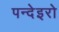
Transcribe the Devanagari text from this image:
पन्देइरो